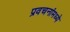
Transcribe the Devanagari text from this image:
प्रवचनांमध्ये